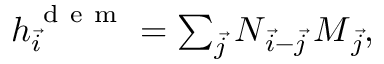
\begin{array} { r } { \boldsymbol { h } _ { \vec { i } } ^ { \mathrm { ~ d ~ e ~ m ~ } } = \sum _ { \vec { j } } \boldsymbol { N } _ { \vec { i } - \vec { j } } \, \boldsymbol { M } _ { \vec { j } } , } \end{array}